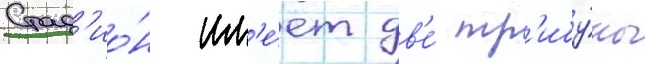
Стад'ио́н им'е́ет дв'е́ тр'ибу́ны